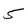
Character: 5